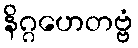
နိဂ္ဂဟေတဗ္ဗံ